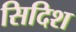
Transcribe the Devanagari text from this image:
सिदिश